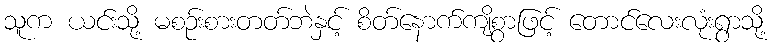
သူက ယင်းသို့ မစဉ်းစားတတ်ဘဲနှင့် စိတ်နောက်ကျိစွာဖြင့် တောင်လေးလုံးရွာသို့